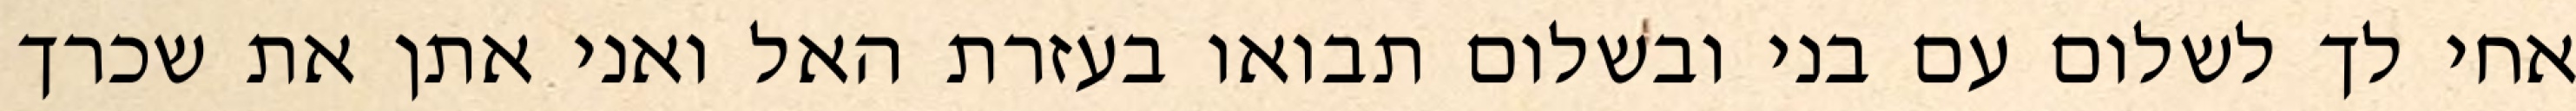
אחי לך לשלום עם בני ובשלום תבואו בעזרת האל ואני אתן את שכרך